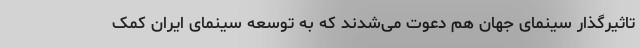
تاثیرگذار سینمای جهان هم دعوت می‌شدند که به توسعه سینمای ایران کمک